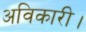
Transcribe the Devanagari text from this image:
अविकारी।